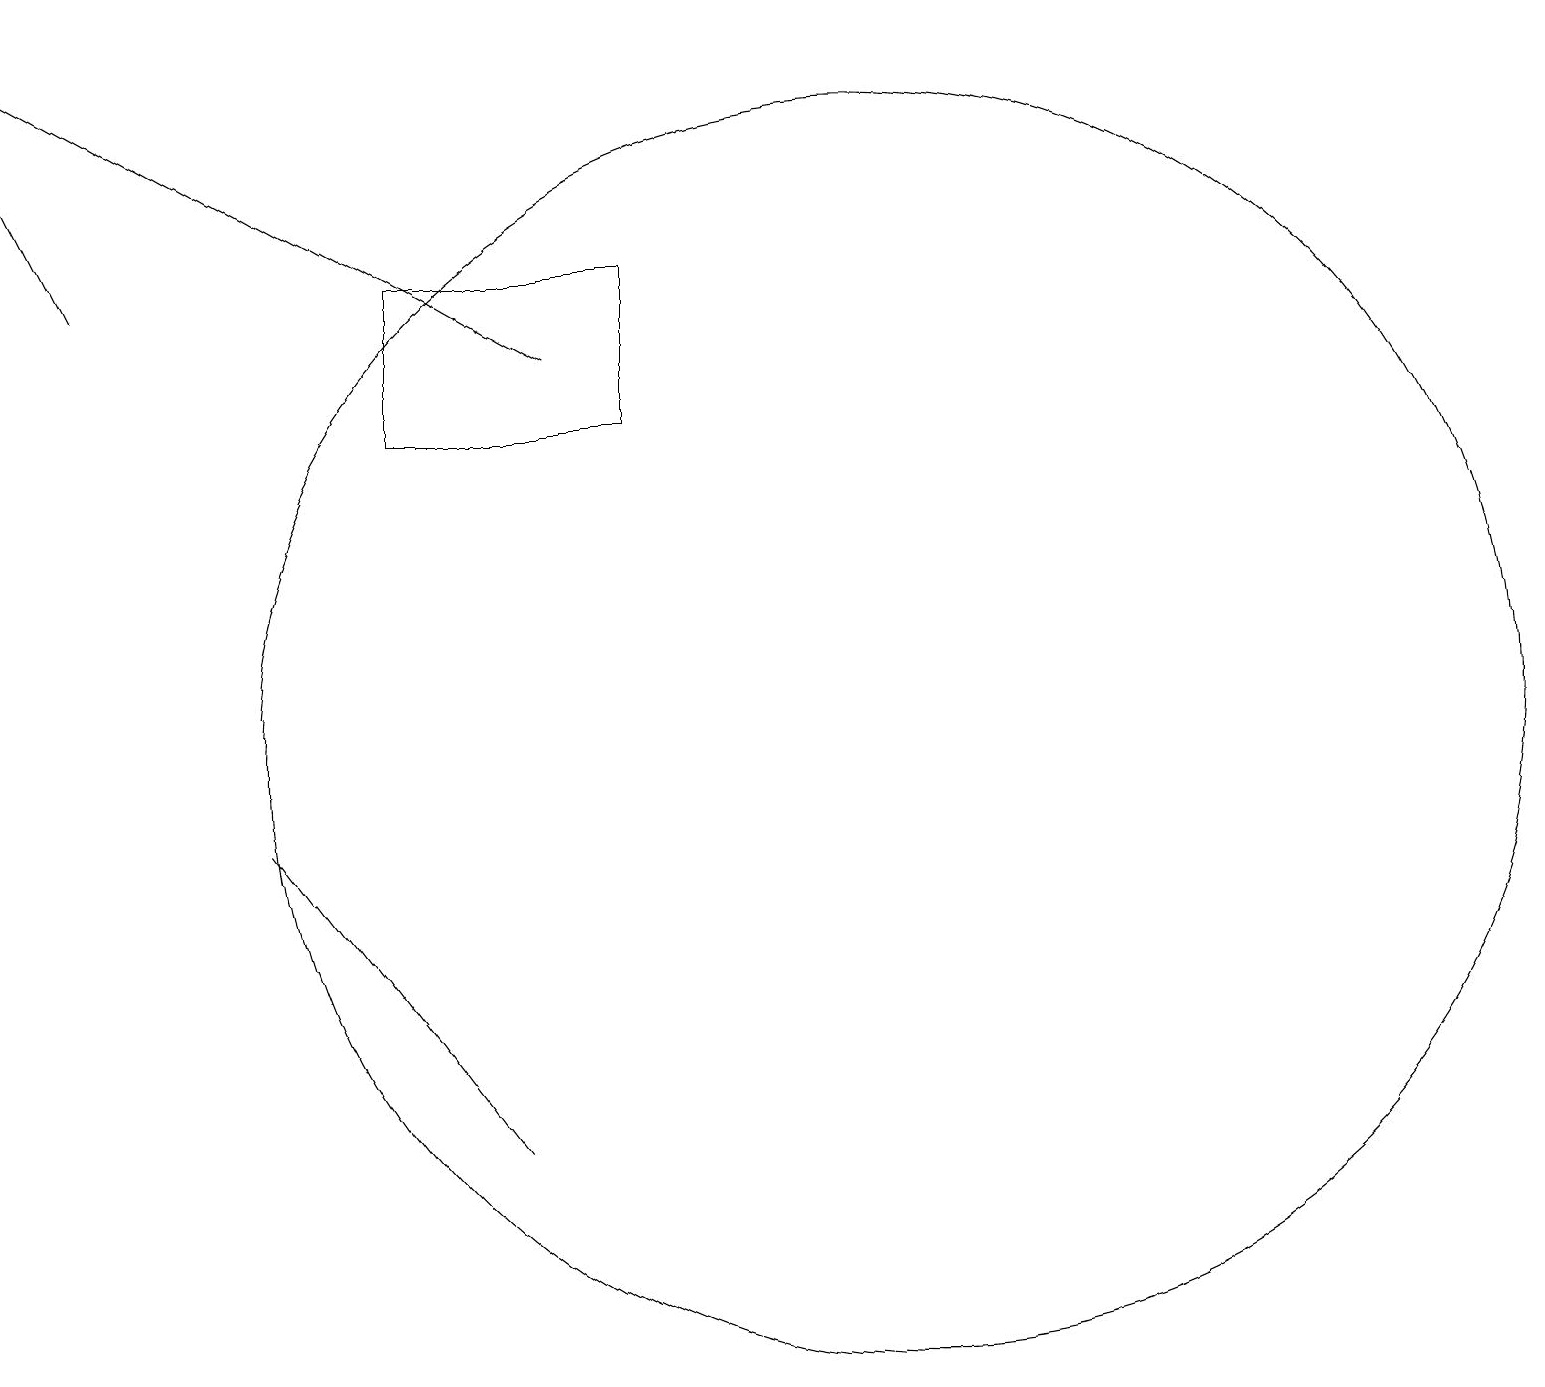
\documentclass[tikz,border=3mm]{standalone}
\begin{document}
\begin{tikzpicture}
\draw (5,14) rectangle (8,16);
\draw (11,10) circle (8);
\draw[->] (7,15) -- (0,19);
\draw (6,5) -- (3,9) -- (3,9) -- cycle;
\draw[->] (1,16) -- (0,18);
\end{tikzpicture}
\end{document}